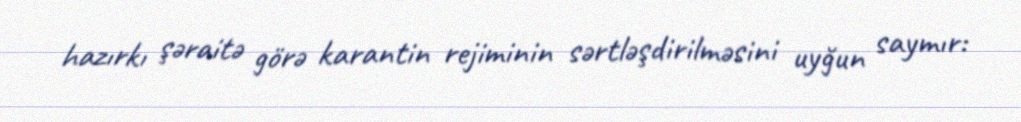
hazırkı şəraitə görə karantin rejiminin sərtləşdirilməsini uyğun saymır: